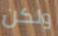
ولكن